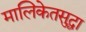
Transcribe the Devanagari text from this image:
मालिकेतसुद्धा